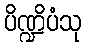
ပိဏ္ဍိပံသု